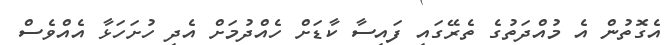
އެގޮތުން އެ މުއްދަތުގެ ތެރޭގައި ފައިސާ ކާޑަށް ހެއްދުމަށް އެދި ހުށަހަޅާ އެއްވެސް